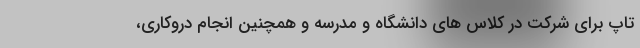
تاپ برای شرکت در کلاس های دانشگاه و مدرسه و همچنین انجام دروکاری،